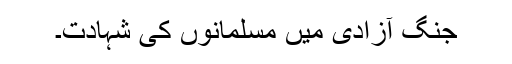
جنگ آزادی میں مسلمانوں کی شہادت۔